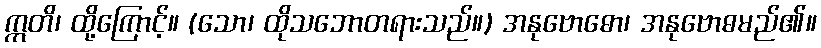
ဣတိ၊ ထို့ကြောင့်။ (သော၊ ထိုသဘောတရားသည်။) အနုဗောဓော၊ အနုဗောဓမည်၏။